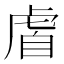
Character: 𫊡